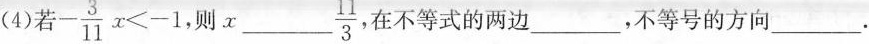
(4)若$$- \frac { 3 } { 1 1 } x < - 1$$则x___\frac{11}{3} ，在不等式的两边___，不等号的方向___.